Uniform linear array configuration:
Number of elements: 32
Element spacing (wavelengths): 0.5
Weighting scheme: uniform
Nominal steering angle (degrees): -15
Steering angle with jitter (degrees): -14.342
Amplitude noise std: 0.05
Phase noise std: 0.05

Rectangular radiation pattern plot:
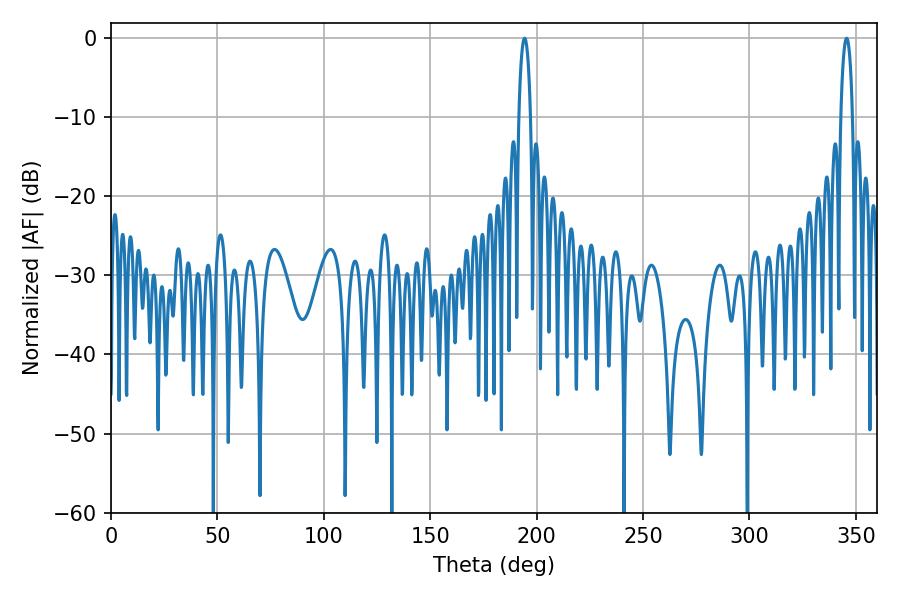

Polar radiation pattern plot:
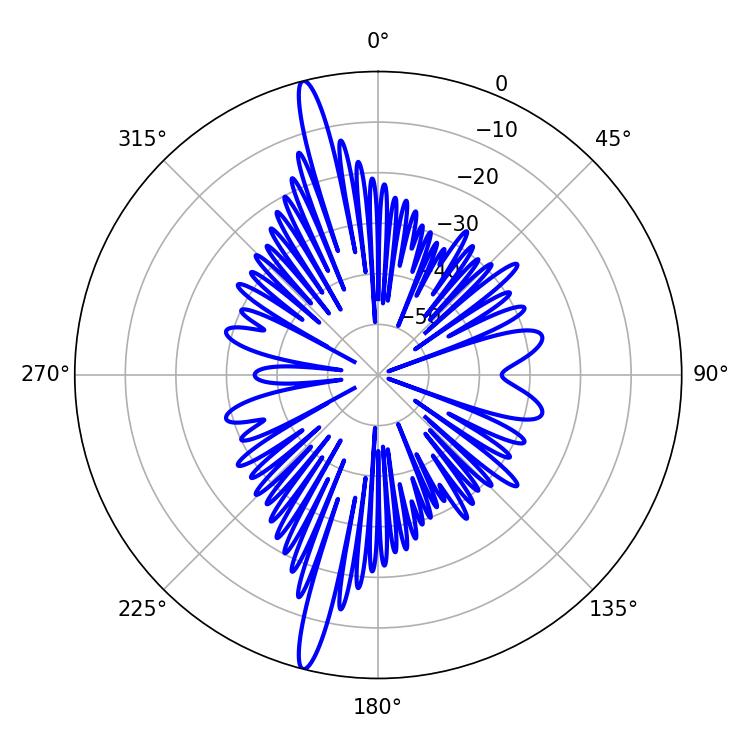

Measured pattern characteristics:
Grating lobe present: FALSE
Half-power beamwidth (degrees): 3.06
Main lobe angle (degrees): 345.6